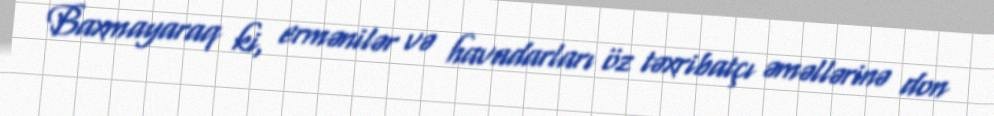
Baxmayaraq ki, ermənilər və havadarları öz təxribatçı əməllərinə don